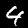
Digit: 4